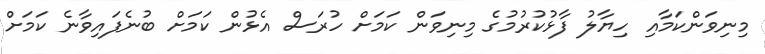
މިނިވަންކަމާއި ހިޔާލު ފާޅުކުރުމުގެ މިނިވަން ކަމަށް ހުރަސް އެޅުން ކަމަށް ބުނެފައިވާނެ ކަމަށް